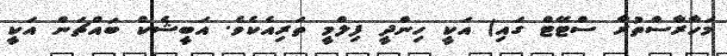
މަހާރާސްތުރާ ސްޓޭޓް ގައި) އަކީ ހިންދީ ފިލްމީ ތަރިއެކެވެ. އަބީޝެކް ބައްޗަން އަކީ